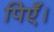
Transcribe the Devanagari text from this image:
पिएँ।